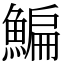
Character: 鯿